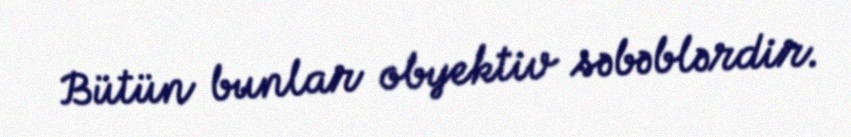
Bütün bunlar obyektiv səbəblərdir.